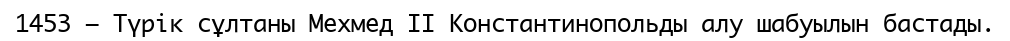
1453 — Түрік сұлтаны Мехмед II Константинопольды алу шабуылын бастады.